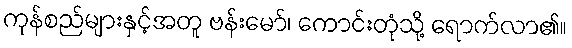
ကုန်စည်များနှင့်အတူ ဗန်းမော်၊ ကောင်းတုံသို့ ရောက်လာ၏။